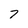
Character: 7